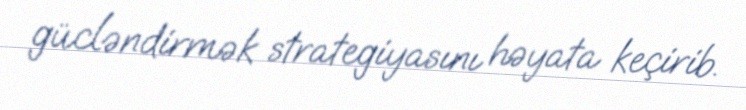
gücləndirmək strategiyasını həyata keçirib.